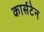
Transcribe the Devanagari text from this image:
कार्सटेन